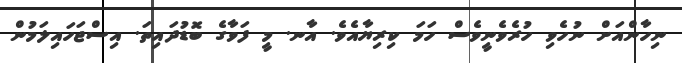
ނިހާންއަށް ނުހެވި ހުރެވެނީވެސް ހަމަ ކިރިޔާއެވެ. އާނ. މީ ފަވާގެ ބޮޑުދައިތަ. އިސްޖަހައިލަމުން